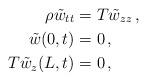
LaTeX: \begin{align*}\rho\tilde{w}_{tt} & =T\tilde{w}_{zz}\,,\\\tilde{w}(0,t) & =0\,,\\T\tilde{w}_{z}(L,t) & =0\,,\end{align*}